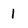
Character: 1